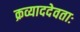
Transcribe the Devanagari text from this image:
क्रव्याददेवताः